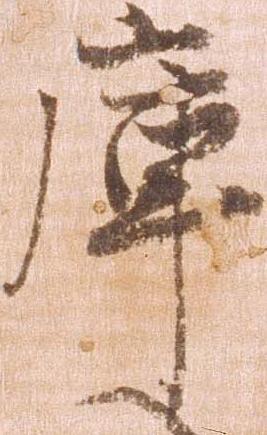
庫